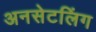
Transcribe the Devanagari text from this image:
अनसेटलिंग